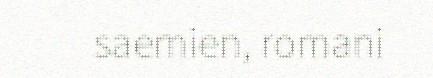
saemien, romani